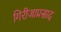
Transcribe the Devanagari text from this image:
गिरीजाप्रसाद